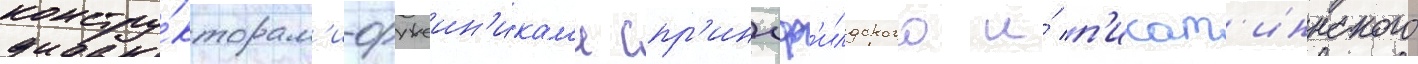
констру́кторам'и-оружеин'икам'и спр'ингф'илдского и́ п'икат'иннского